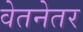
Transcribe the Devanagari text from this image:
वेतनेतर